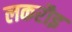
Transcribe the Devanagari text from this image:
लकरौइ